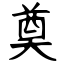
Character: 奠